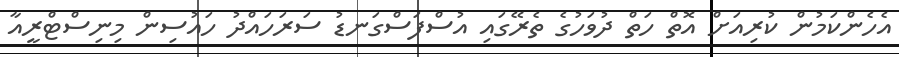
އެހެންކަމުން ކުރިއަށް އޮތް ހަތް ދުވަހުގެ ތެރޭގައި އުސްފަސްގަނޑު ސަރަހައްދު ހައުސިން މިނިސްޓްރީއާ